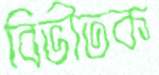
বিভীতক